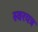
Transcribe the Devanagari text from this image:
स्वरयत्र